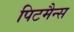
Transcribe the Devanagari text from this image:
पिटमैन्स